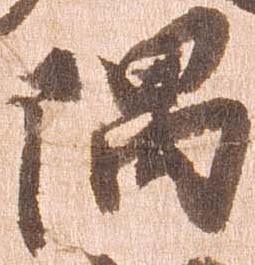
隅